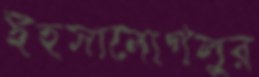
ইহসানোগলুর